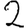
Digit: 2